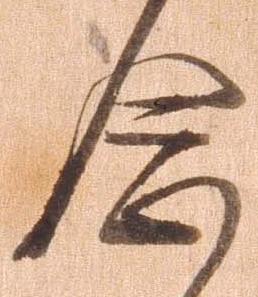
念